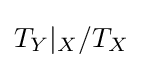
T_{Y}|_{X}/T_{X}